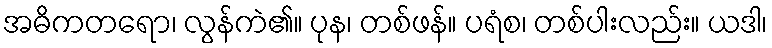
အဓိကတရော၊ လွန်ကဲ၏။ ပုန၊ တစ်ဖန်။ ပရံစ၊ တစ်ပါးလည်း။ ယဒါ၊